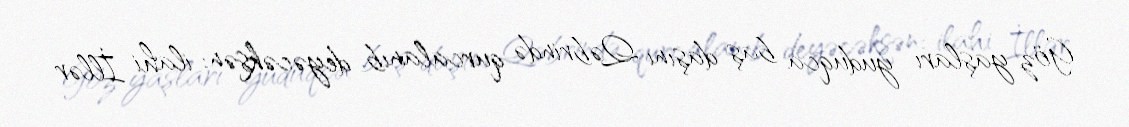
Göz yaşları yuduqca baş daşını Qəbrində qurcalanıb, deyəcəksən: ilahi İllər